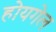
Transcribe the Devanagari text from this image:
होयगेल